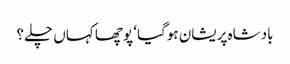
بادشاہ پریشان ہوگیا‘ پوچھا کہاں چلے؟